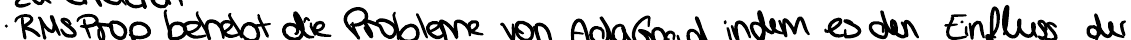
RMSProp behebt die Probleme von AdaGrad indem es den Einfluss der